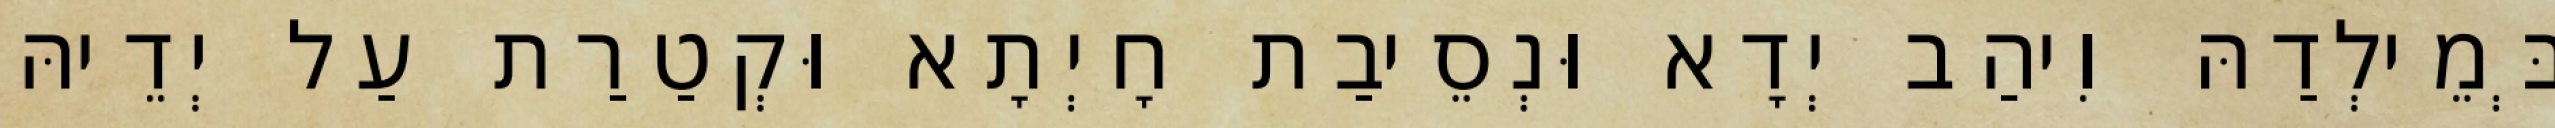
בְּמֵילְדַהּ וִיהַב יְדָא וּנְסֵיבַת חָיְתָא וּקְטַרַת עַל יְדֵיהּ